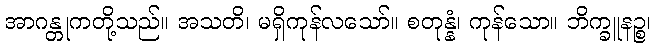
အာဂန္တုကတို့သည်။ အသတိ၊ မရှိကုန်လသော်။ စတုန္နံ၊ ကုန်သော။ ဘိက္ခူနဉ္စ၊